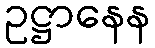
ဥဋ္ဌာနေန